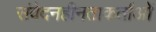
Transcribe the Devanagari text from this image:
संवेदनहीनताकर्ताओं